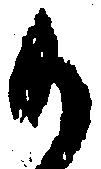
か